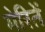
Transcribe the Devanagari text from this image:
मेरितें